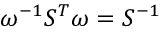
\omega ^ { - 1 } S ^ { T } \omega = S ^ { - 1 }